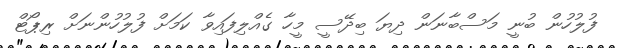
ފުލުހުން ބުނީ މަސްބާނަން ދިޔަ ބިދޭސީ މީހާ ގެއްލިފައިވާ ކަމަށް ފުލުހުންނަށް ރިޕޯޓް